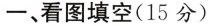
一、看图填空(15分)